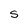
Character: S